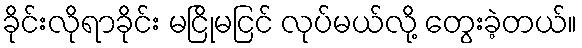
ခိုင်းလိုရာခိုင်း မငြိုမငြင် လုပ်မယ်လို့ တွေးခဲ့တယ်။